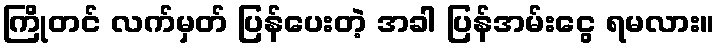
ကြိုတင် လက်မှတ် ပြန်ပေးတဲ့ အခါ ပြန်အမ်းငွေ ရမလား။